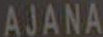
AJANA